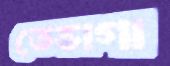
তেভাগা